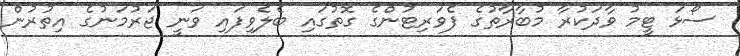
ސޯޅަ ޓީމު ވާދަކުރާ މުބާރާތުގެ ފެވަރިޓުންގެ ގޮތުގައި ބެލެވިފައި ވަނީ ޖަރުމަނުގެ އިތުރުން